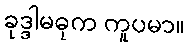
ခုဒ္ဒါမဓုက ကူပမာ။